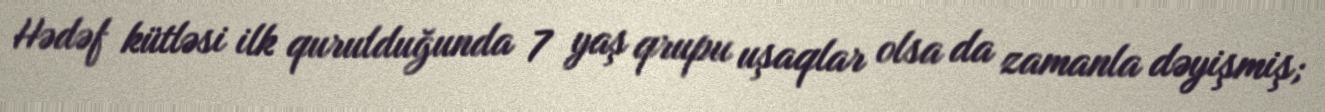
Hədəf kütləsi ilk qurulduğunda 7 yaş qrupu uşaqlar olsa da zamanla dəyişmiş;